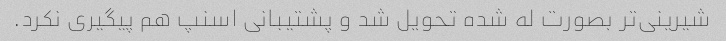
شیرینی‌تر بصورت له شده تحویل شد و پشتیبانی اسنپ هم پیگیری نکرد.